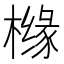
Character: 橼